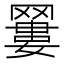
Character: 𦌑